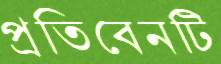
প্রতিবেনটি